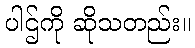
ပါဌ်ကို ဆိုသတည်း။